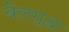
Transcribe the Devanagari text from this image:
बेलसुद्धा